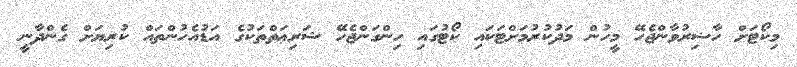
މިކޯޓަށް ހާޟިރުވާންޖެހޭ މީހުން މަދުކުރުމަށްޓަކައި ކޯޓުގައި ހިންގަންޖެހޭ ޝަރިޢަތްތަކުގެ އަޑުއެހުންތައް ކުރިޔަށް ގެންދާނީ